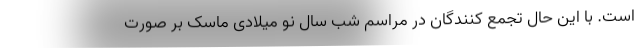
است. با این حال تجمع کنندگان در مراسم شب سال نو میلادی ماسک بر صورت